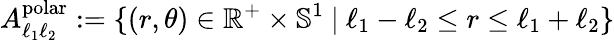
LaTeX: A_{\ell_{1}\ell_{2}}^{\mathrm{polar}}:=\{ (r,\theta)\in\mathbb{R}^{+}\times\mathbb{S}^{1}\ |\ \ell_{1}-\ell_{2}\leq r\leq\ell_{1}+\ell_{2}\}